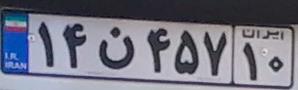
۱۴ن۴۵۷۱۰